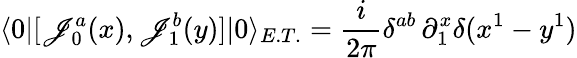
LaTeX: \langle0|[\mathscr{J}_{0}^{a}(x),\mathscr{J}_{1}^{b}(y)]|0\rangle_{E.T.}=\frac{{i}}{{2\pi}}\delta^{ab}\, \partial_{1}^{x}\delta(x^{1}-y^{1})